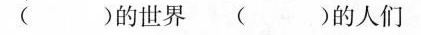
( )的世界( )的人们